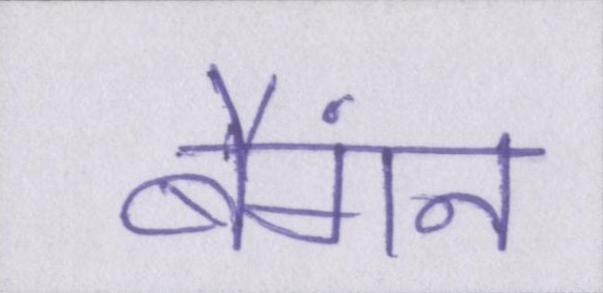
बैंगन